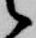
候